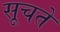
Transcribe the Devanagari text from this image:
सूचते